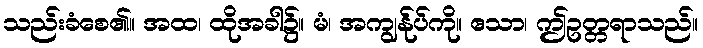
သည်းခံစေ၏။ အထ၊ ထိုအခါ၌။ မံ၊ အကျွန်ုပ်ကို။ ဧသာ၊ ဤဥတ္တရာသည်။